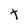
Character: t